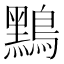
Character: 𪆤